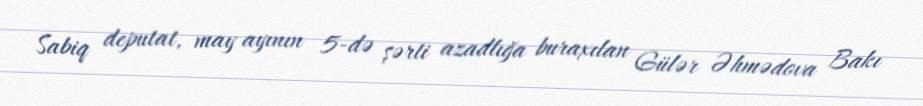
Sabiq deputat, may ayının 5-də şərti azadlığa buraxılan Gülər Əhmədova Bakı